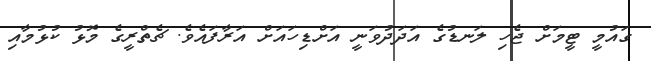
ގައުމީ ޓީމަށް ޖެހި ލަނޑުގެ އަދަދުވަނީ އަށްޑިހައަށް އަރާފައެވެ. ޗެތްރީގެ މޮޅު ކުޅުމާއި